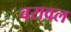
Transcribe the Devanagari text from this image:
वरावल